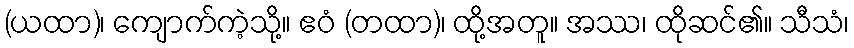
(ယထာ)၊ ကျောက်ကဲ့သို့။ ဧဝံ (တထာ)၊ ထို့အတူ။ အဿ၊ ထိုဆင်၏။ သီသံ၊